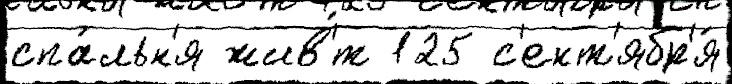
спа́льн'я жив'́т 125 с'ент'ябр'я́